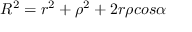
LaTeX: R ^ { 2 } = r ^ { 2 } + \rho ^ { 2 } + 2 r \rho c o s \alpha